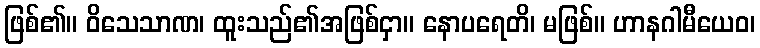
ဖြစ်၏။ ဝိသေသာဏ၊ ထူးသည်၏အဖြစ်ငှာ။ နောပရေတိ၊ မဖြစ်။ ဟာနဂါမီယေဝ၊